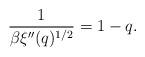
LaTeX: \begin{align*}\frac{1}{\beta\xi''(q)^{1/2}}=1-q.\end{align*}